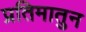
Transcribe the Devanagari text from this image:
प्रतिमातुन